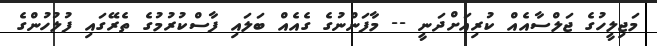
މަޖިލީހުގެ ޖަލްސާއެއް ކުރިއަށްދަނީ -- މާފަންނުގެ ގެއެއް ބަލައި ފާސްކުރުމުގެ ތެރޭގައި ފުލުުހުންގެ